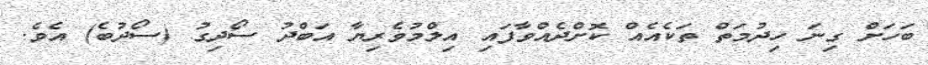
ބަހަށް ގިނަ ހިދުމަތް ތަކެއެއް ކޮށްދެއްވާފައި އިލްމުވެރިޔާ އަބްދު ސޯދިގު (ސޯދުބެ) އެވެ.